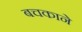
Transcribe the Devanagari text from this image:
बचकाने